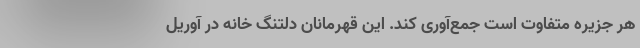
هر جزیره متفاوت است جمع‌آوری کند. این قهرمانان دلتنگ خانه در آوریل